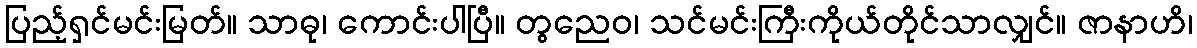
ပြည့်ရှင်မင်းမြတ်။ သာဓု၊ ကောင်းပါပြီ။ တွညေဝ၊ သင်မင်းကြီးကိုယ်တိုင်သာလျှင်။ ဇာနာဟိ၊